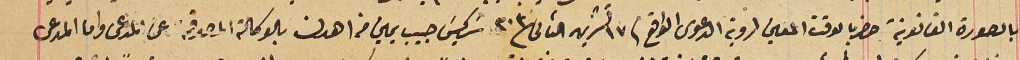
بالصورة القانونية حضريا بالوقت المعين لروية الدعوى الواقع فى ١٧ تشرين الثانى ٣٠٣ سَركيسِ حبيب يمين من اهدن بالوكالة المصدقة عن المدعى واما المدعى